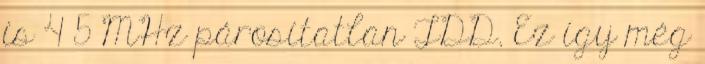
is 4 5 MHz párosítatlan TDD. Ez így még